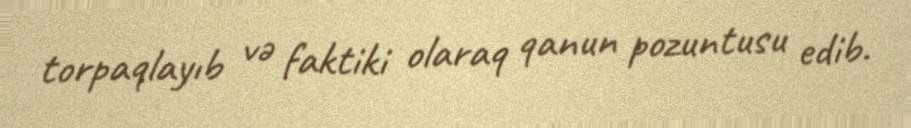
torpaqlayıb və faktiki olaraq qanun pozuntusu edib.